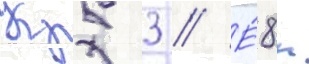
Кр5 3 // Е́8к